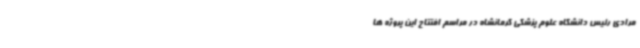
مرادی رئیس دانشگاه علوم پزشکی کرمانشاه در مراسم افتتاح این پروژه ها